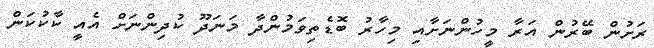
ރަށުން ބޭރުން އަރާ މީހުންނަށާއި މިހާރު ބޮޑެތިވަމުންދާ މަނަދޫ ކުދިންނަށް އެއީ ކާކުކަން